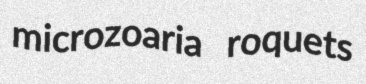
microzoaria roquets